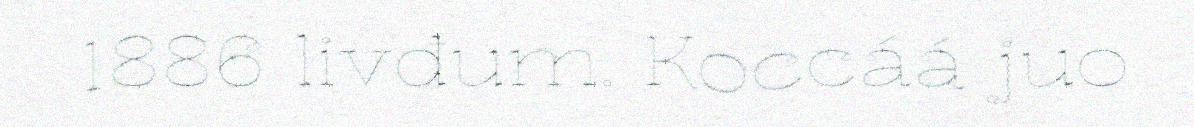
1886 livđum. Koccáá juo